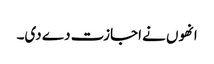
انھوں نے اجازت دے دی۔